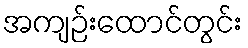
အကျဉ်းထောင်တွင်း